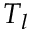
T _ { l }